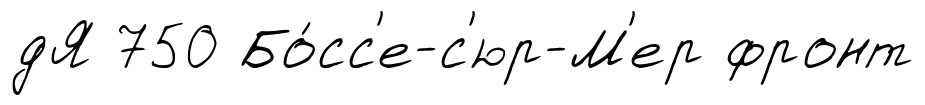
дЯ 750 Бо́сс'е-с'юр-М'ер фронт